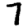
Digit: 7